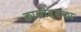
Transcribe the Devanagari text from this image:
क्राकोव्सका